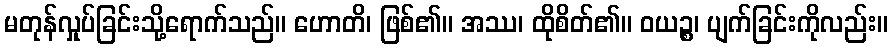
မတုန်လှုပ်ခြင်းသို့ရောက်သည်။ ဟောတိ၊ ဖြစ်၏။ အဿ၊ ထိုစိတ်၏။ ဝယဉ္စ၊ ပျက်ခြင်းကိုလည်း။